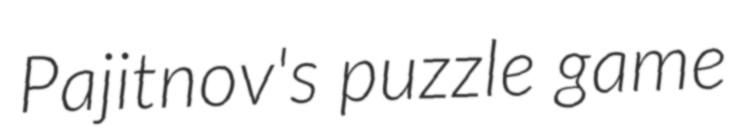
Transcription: Pajitnov's puzzle game